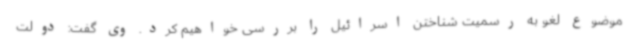
موضوع لغو به رسمیت شناختن اسرائیل را بررسی خواهیم کرد. وی گفت: دولت